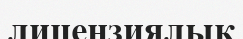
лицензиялық